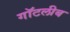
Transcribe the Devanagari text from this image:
गॉटलीब